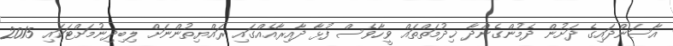
އާސަންދައިގެ ދަށުން ދެމުންގެންދާ ޚިދުމަތްތައް ވީހާވެސް ފުޅާ ދާއިރާއެއްގައި ރައްޔިތުންނަށް ލިބިދިނުމަށްޓަކައި 2015